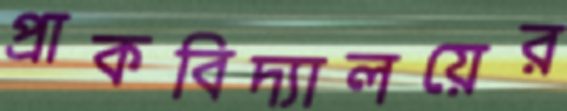
প্রাকবিদ্যালয়ের